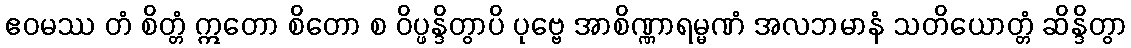
ဧဝမဿ တံ စိတ္တံ ဣတော စိတော စ ဝိပ္ဖန္ဒိတွာပိ ပုဗ္ဗေ အာစိဏ္ဏာရမ္မဏံ အလဘမာနံ သတိယောတ္တံ ဆိန္ဒိတွာ